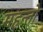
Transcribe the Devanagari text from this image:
महन्तो